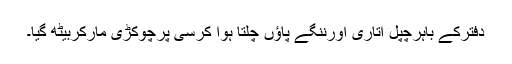
دفترکے باہرچپل اُتاری اورننگے پاؤں چلتا ہوا کرسی پرچوکڑی مارکربیٹھ گیا۔